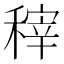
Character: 𮃟